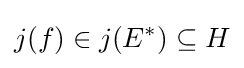
j(f)\in j(E^{*})\subseteq H